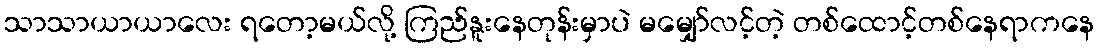
သာသာယာယာလေး ရတော့မယ်လို့ ကြည်နူးနေတုန်းမှာပဲ မမျှော်လင့်တဲ့ တစ်ထောင့်တစ်နေရာကနေ